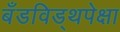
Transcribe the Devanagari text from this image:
बँडविड्थपेक्षा